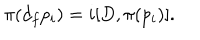
\pi ( d _ { f } p _ { i } ) = i [ D , \pi ( p _ { i } ) ] .